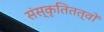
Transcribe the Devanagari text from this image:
संस्कृतितत्वों